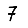
Digit: 7